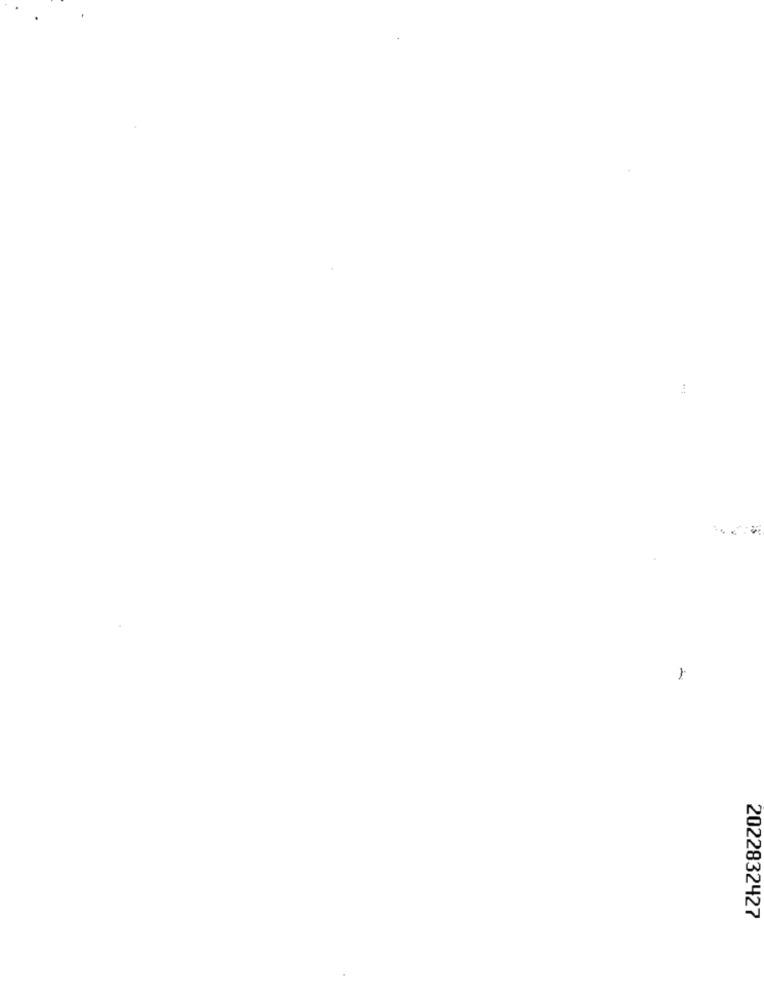
2022832427